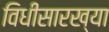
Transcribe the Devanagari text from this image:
विधीसारख्या